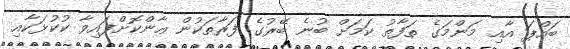
ބައްޕަ އާއި މަންމަގެ ތަފާތު ކަމަށް ބުނެ ބޭރުގެ ފަރާތަކުން ޢާންކޮށްފައިވާ ކުކުޅަކާއި